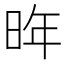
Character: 𪰟